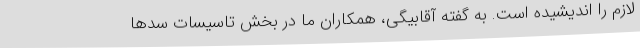
لازم را اندیشیده است. به گفته آقابیگی، همکاران ما در بخش تاسیسات سدها